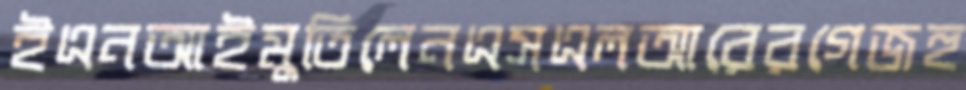
ইএনআইমুতিলেনএসএলআরেরগেজহু